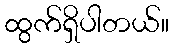
ထွက်ရှိပါတယ်။